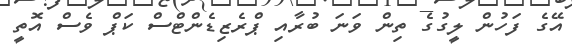
އޭގެ ފަހުން ލީގުގެ ތިން ވަނަ ބުރާއި ޕްރެޒިޑެންޓްސް ކަޕް ވެސް އޮތީ